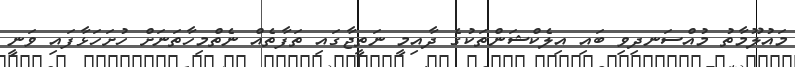
މައުލޫމާތު މުއްސަނދިވި ބައި އިލެކްޝަންތަކުގެ ދާއިމީ ނަތީޖާގައި ތަފާތެއް ނެތްމިހާތަނަށް ހުށަހަޅާފައި ވަނީ